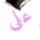
على